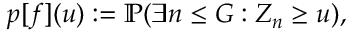
p [ f ] ( u ) : = \mathbb { P } ( \exists n \leq G : Z _ { n } \geq u ) ,